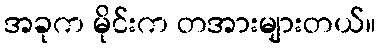
အခုက မိုင်းက တအားများတယ်။